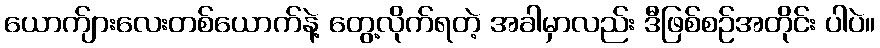
ယောက်ျားလေးတစ်ယောက်နဲ့ တွေ့လိုက်ရတဲ့ အခါမှာလည်း ဒီဖြစ်စဉ်အတိုင်း ပါပဲ။